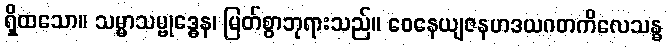
ရှိထသော။ သမ္မာသမ္ဗုဒ္ဓေန၊ မြတ်စွာဘုရားသည်။ ဝေနေယျဇနဟဒယဂတကိလေသန္ဓ